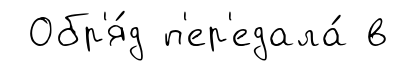
Обр'я́д п'ер'едала́ в